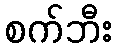
စက်ဘီး